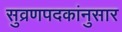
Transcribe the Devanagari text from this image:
सुव्रणपदकांनुसार